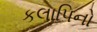
કલાપિનો